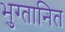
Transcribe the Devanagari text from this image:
भुग्तानित